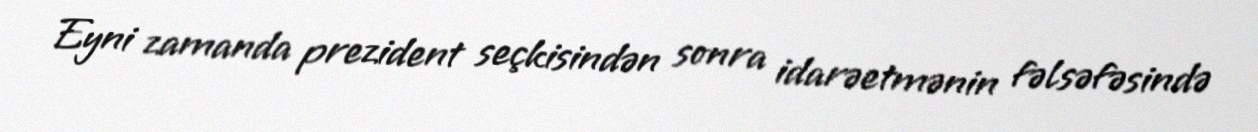
Eyni zamanda prezident seçkisindən sonra idarəetmənin fəlsəfəsində